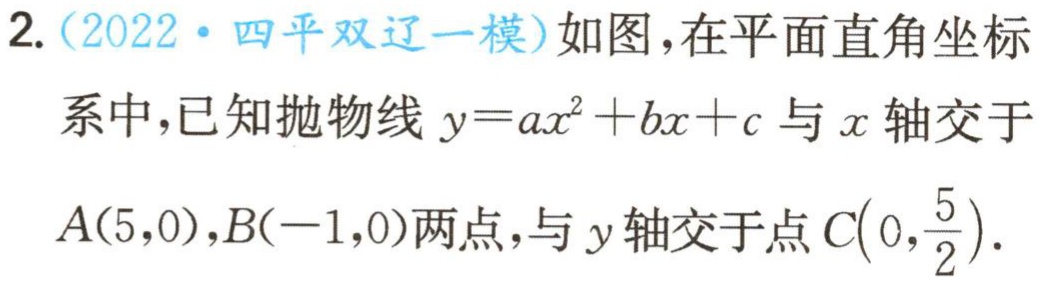
2.（2022·四平双辽一模）如图，在平面直角坐标系中，已知抛物线\(y = ax^{2}+bx + c\)与\(x\)轴交于\(A(5,0)\)，\(B(-1,0)\)两点，与\(y\)轴交于点\(C(0,\frac{5}{2})\)。